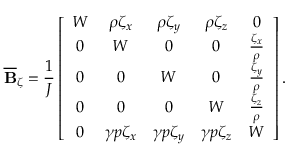
\overline { { \mathbf { B } } } _ { \zeta } = \frac { 1 } { J } \left[ \begin{array} { c c c c c } { W } & { \rho \zeta _ { x } } & { \rho \zeta _ { y } } & { \rho \zeta _ { z } } & { 0 } \\ { 0 } & { W } & { 0 } & { 0 } & { \frac { \zeta _ { x } } { \rho } } \\ { 0 } & { 0 } & { W } & { 0 } & { \frac { \zeta _ { y } } { \rho } } \\ { 0 } & { 0 } & { 0 } & { W } & { \frac { \zeta _ { z } } { \rho } } \\ { 0 } & { \gamma p \zeta _ { x } } & { \gamma p \zeta _ { y } } & { \gamma p \zeta _ { z } } & { W } \end{array} \right] .